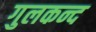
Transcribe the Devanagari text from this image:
गुलकन्द